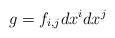
LaTeX: \begin{align*}g=f_{i,j} dx^i dx^j\end{align*}